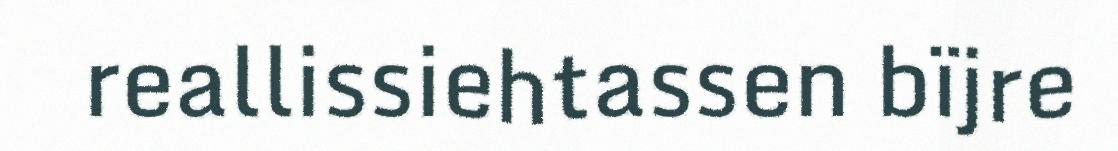
reallissiehtassen bïjre